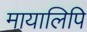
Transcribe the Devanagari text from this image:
मायालिपि